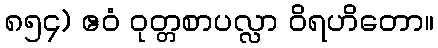
၈၅၄) ဧဝံ ဝုတ္တစာပလ္လာ ဝိရဟိတော။